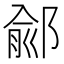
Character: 鄃